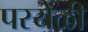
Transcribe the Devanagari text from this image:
परयेळी